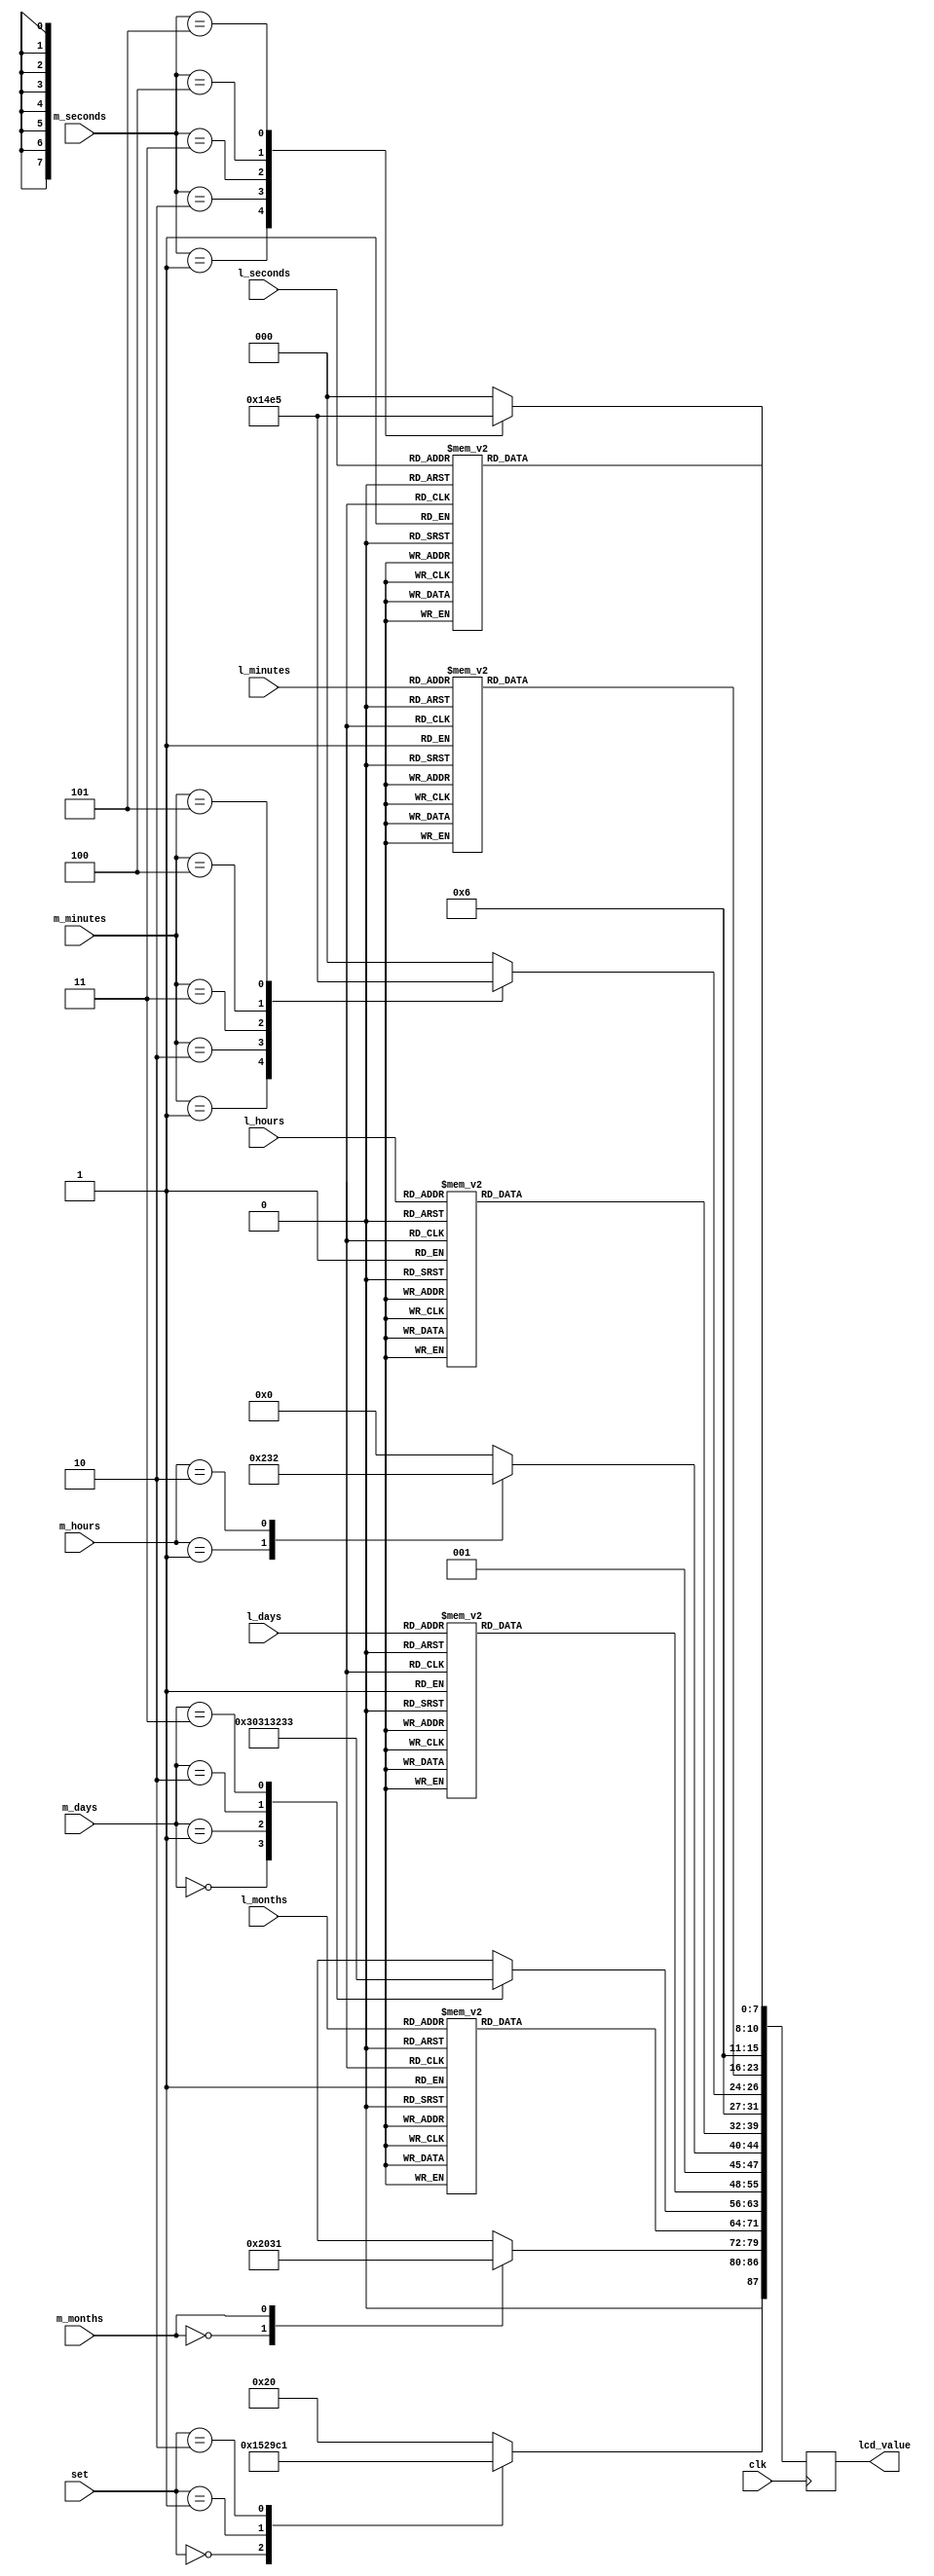
module lcd_decoder(
    input        clk,
	 input        [1:0] set,
	 input        [2:0] m_seconds,
	 input        [3:0] l_seconds,
	 input        [2:0] m_minutes,
	 input        [3:0] l_minutes,
	 input        [1:0] m_hours,
	 input        [3:0] l_hours,
	 input        [1:0] m_days,
	 input        [3:0] l_days,
	 input              m_months,
	 input        [3:0] l_months,
	 output reg   [87:0] lcd_value
  );

  always @(posedge clk) begin
    case (l_seconds)
	   4'b0000: lcd_value[7:0] <= 8'b00110000;
		4'b0001: lcd_value[7:0] <= 8'b00110001;
		4'b0010: lcd_value[7:0] <= 8'b00110010;
		4'b0011: lcd_value[7:0] <= 8'b00110011;
		4'b0100: lcd_value[7:0] <= 8'b00110100;
		4'b0101: lcd_value[7:0] <= 8'b00110101;
		4'b0110: lcd_value[7:0] <= 8'b00110110;
		4'b0111: lcd_value[7:0] <= 8'b00110111;
		4'b1000: lcd_value[7:0] <= 8'b00111000;
		4'b1001: lcd_value[7:0] <= 8'b00111001;
		default: lcd_value[7:0] <= 8'b00110000;
	 endcase
    case (m_seconds)
	   3'b000: lcd_value[15:8] <= 8'b00110000;
		3'b001: lcd_value[15:8] <= 8'b00110001;
		3'b010: lcd_value[15:8] <= 8'b00110010;
		3'b011: lcd_value[15:8] <= 8'b00110011;
		3'b100: lcd_value[15:8] <= 8'b00110100;
		3'b101: lcd_value[15:8] <= 8'b00110101;
		default: lcd_value[15:8] <= 8'b00110000;
	 endcase
	 case (l_minutes)
	   4'b0000: lcd_value[23:16] <= 8'b00110000;
		4'b0001: lcd_value[23:16] <= 8'b00110001;
		4'b0010: lcd_value[23:16] <= 8'b00110010;
		4'b0011: lcd_value[23:16] <= 8'b00110011;
		4'b0100: lcd_value[23:16] <= 8'b00110100;
		4'b0101: lcd_value[23:16] <= 8'b00110101;
		4'b0110: lcd_value[23:16] <= 8'b00110110;
		4'b0111: lcd_value[23:16] <= 8'b00110111;
		4'b1000: lcd_value[23:16] <= 8'b00111000;
		4'b1001: lcd_value[23:16] <= 8'b00111001;
		default: lcd_value[23:16] <= 8'b00110000;
	 endcase
	 case (m_minutes)
	   3'b000: lcd_value[31:24] <= 8'b00110000;
		3'b001: lcd_value[31:24] <= 8'b00110001;
		3'b010: lcd_value[31:24] <= 8'b00110010;
		3'b011: lcd_value[31:24] <= 8'b00110011;
		3'b100: lcd_value[31:24] <= 8'b00110100;
		3'b101: lcd_value[31:24] <= 8'b00110101;
		default: lcd_value[31:24] <= 8'b00110000;
	 endcase
	 case (l_hours)
	   4'b0000: lcd_value[39:32] <= 8'b00110000;
		4'b0001: lcd_value[39:32] <= 8'b00110001;
		4'b0010: lcd_value[39:32] <= 8'b00110010;
		4'b0011: lcd_value[39:32] <= 8'b00110011;
		4'b0100: lcd_value[39:32] <= 8'b00110100;
		4'b0101: lcd_value[39:32] <= 8'b00110101;
		4'b0110: lcd_value[39:32] <= 8'b00110110;
		4'b0111: lcd_value[39:32] <= 8'b00110111;
		4'b1000: lcd_value[39:32] <= 8'b00111000;
		4'b1001: lcd_value[39:32] <= 8'b00111001;
		default: lcd_value[39:32] <= 8'b00110000;
	 endcase
	 case (m_hours)
	   2'b00: lcd_value[47:40] <= 8'b00100000;
		2'b01: lcd_value[47:40] <= 8'b00110001;
		2'b10: lcd_value[47:40] <= 8'b00110010;
		default: lcd_value[47:40] <= 8'b00100000;
	 endcase
	 case (l_days)
	   4'b0000: lcd_value[55:48] <= 8'b00110000;
		4'b0001: lcd_value[55:48] <= 8'b00110001;
		4'b0010: lcd_value[55:48] <= 8'b00110010;
		4'b0011: lcd_value[55:48] <= 8'b00110011;
		4'b0100: lcd_value[55:48] <= 8'b00110100;
		4'b0101: lcd_value[55:48] <= 8'b00110101;
		4'b0110: lcd_value[55:48] <= 8'b00110110;
		4'b0111: lcd_value[55:48] <= 8'b00110111;
		4'b1000: lcd_value[55:48] <= 8'b00111000;
		4'b1001: lcd_value[55:48] <= 8'b00111001;
		default: lcd_value[55:48] <= 8'b00110000;
	 endcase
	 case (m_days)
	   2'b00: lcd_value[63:56] <= 8'b00110000;
		2'b01: lcd_value[63:56] <= 8'b00110001;
		2'b10: lcd_value[63:56] <= 8'b00110010;
		2'b11: lcd_value[63:56] <= 8'b00110011;
		default: lcd_value[63:56] <= 8'b00110000;
	 endcase
	 case (l_months)
	   4'b0000: lcd_value[71:64] <= 8'b00110000;
		4'b0001: lcd_value[71:64] <= 8'b00110001;
		4'b0010: lcd_value[71:64] <= 8'b00110010;
		4'b0011: lcd_value[71:64] <= 8'b00110011;
		4'b0100: lcd_value[71:64] <= 8'b00110100;
		4'b0101: lcd_value[71:64] <= 8'b00110101;
		4'b0110: lcd_value[71:64] <= 8'b00110110;
		4'b0111: lcd_value[71:64] <= 8'b00110111;
		4'b1000: lcd_value[71:64] <= 8'b00111000;
		4'b1001: lcd_value[71:64] <= 8'b00111001;
		default: lcd_value[71:64] <= 8'b00110000;
	 endcase
	 case (m_months)
      1'b0: lcd_value[79:72] <= 8'b00100000;
		1'b1: lcd_value[79:72] <= 8'b00110001;
		default: lcd_value[79:72] <= 8'b00100000;
	 endcase
	 case (set)
	   2'b00: lcd_value[87:80] <= 8'b01010100;
		2'b01: lcd_value[87:80] <= 8'b01010011;
		2'b10: lcd_value[87:80] <= 8'b01000001;
		default: lcd_value[87:80] <= 8'b00100000;
	 endcase
  end


endmodule